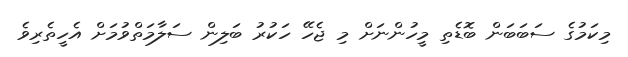
މިކަމުގެ ސަބަބަން ބޮޑެތި މީހުންނަށް މި ޖެހޭ ހަކުރު ބަލިން ސަލާމަތްވުމަށް އެހީތެރިވެ